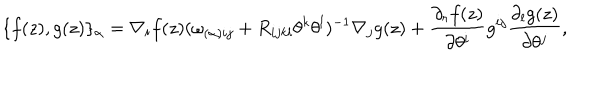
\{ f ( z ) , g ( z ) \} _ { \alpha } = \nabla _ { i } f ( z ) ( \omega _ { ( \alpha ) i j } + R _ { i j k l } \theta ^ { k } \theta ^ { l } ) ^ { - 1 } \nabla _ { j } g ( z ) + \frac { \partial _ { r } f ( z ) } { \partial \theta ^ { i } } g ^ { i j } \frac { \partial _ { l } g ( z ) } { \partial \theta ^ { j } } ,